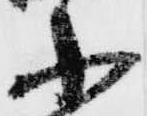
小